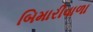
બિમારીવાળા